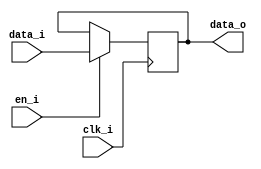
module pipeline_inserter(data_i, data_o, clk_i, en_i);
   parameter DATA_WIDTH = 32;
   parameter PIPE_STAGES = 1;   
   
   input [DATA_WIDTH-1:0] data_i; 
   output [DATA_WIDTH-1:0] data_o; 
   input                   clk_i; 
   input                   en_i;
   
   genvar                  i;
   integer                  j;

   reg [DATA_WIDTH - 1:0]  pipe_array [PIPE_STAGES+1:0];
   

 

   //**********************************************************
   //*
   //* No Pipeline
   //* 
   //***********************************************************/ 
   generate
   if(PIPE_STAGES == 0) begin: no_pipe
      assign               data_o = data_i;
   end
   endgenerate


   //**********************************************************
   //*
   //* Add Pipeline
   //* 
   //***********************************************************/ 
   generate
   if(PIPE_STAGES > 0) begin: add_pipe 
   
  initial begin
   for(j = 0; j < PIPE_STAGES; j = j + 1) 
            pipe_array[j] <= 'b0;

  end
      assign               data_o = pipe_array[PIPE_STAGES-1];
      
      always @ (posedge clk_i) begin
         if(en_i) begin
            pipe_array[0] <= data_i;     
         end
      end
   
   for(i = 1; i < PIPE_STAGES; i = i + 1) begin : pipe
      always @ (posedge clk_i) begin
         if(en_i) begin
            pipe_array[i] <= pipe_array[i-1];
         end
      end   
   end 
   end
   
   endgenerate
   
endmodule